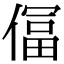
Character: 𫣕